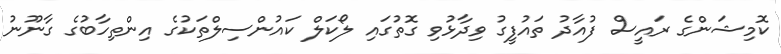
ކޮމިޝަންގެ ރައީސް ފުއާދު ތައުފީގު ވިދާޅުވި ގޮތުގައި ލޯކަލް ކައުންސިލްތަކުގެ އިންތިހާބުގެ ގާނޫނު